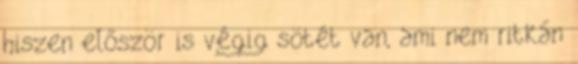
hiszen először is végig sötét van, ami nem ritkán